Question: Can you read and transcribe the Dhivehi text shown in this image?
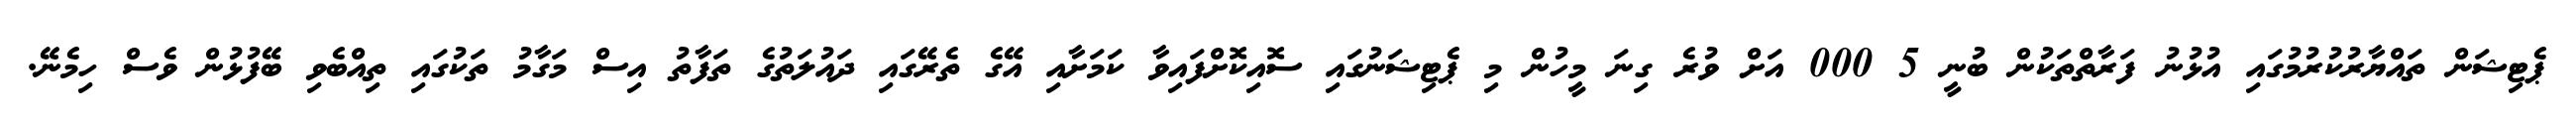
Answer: ޕެޓިޝަން ތައްޔާރުކުރުމުގައި އުޅުނު ފަރާތްތަކުން ބުނީ 5 000 އަށް ވުރެ ގިނަ މީހުން މި ޕެޓިޝަނުގައި ސޮއިކޮށްފައިވާ ކަމަށާއި އޭގެ ތެރޭގައި ދައުލަތުގެ ތަފާތު އިސް މަގާމު ތަކުގައި ތިއްބެވި ބޭފުޅުން ވެސް ހިމެނޭ.